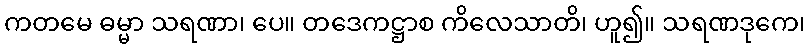
ကတမေ ဓမ္မာ သရဏာ၊ ပေ။ တဒေကဋ္ဌာစ ကိလေသာတိ၊ ဟူ၍။ သရဏဒုကေ၊